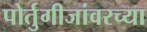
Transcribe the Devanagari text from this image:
पोर्तुगीजांवरच्या